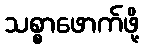
သစ္စာဖောက်ဖို့